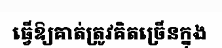
ធ្វើឱ្យគាត់ត្រូវគិតច្រើនក្នុង